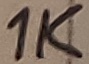
Text: 1K